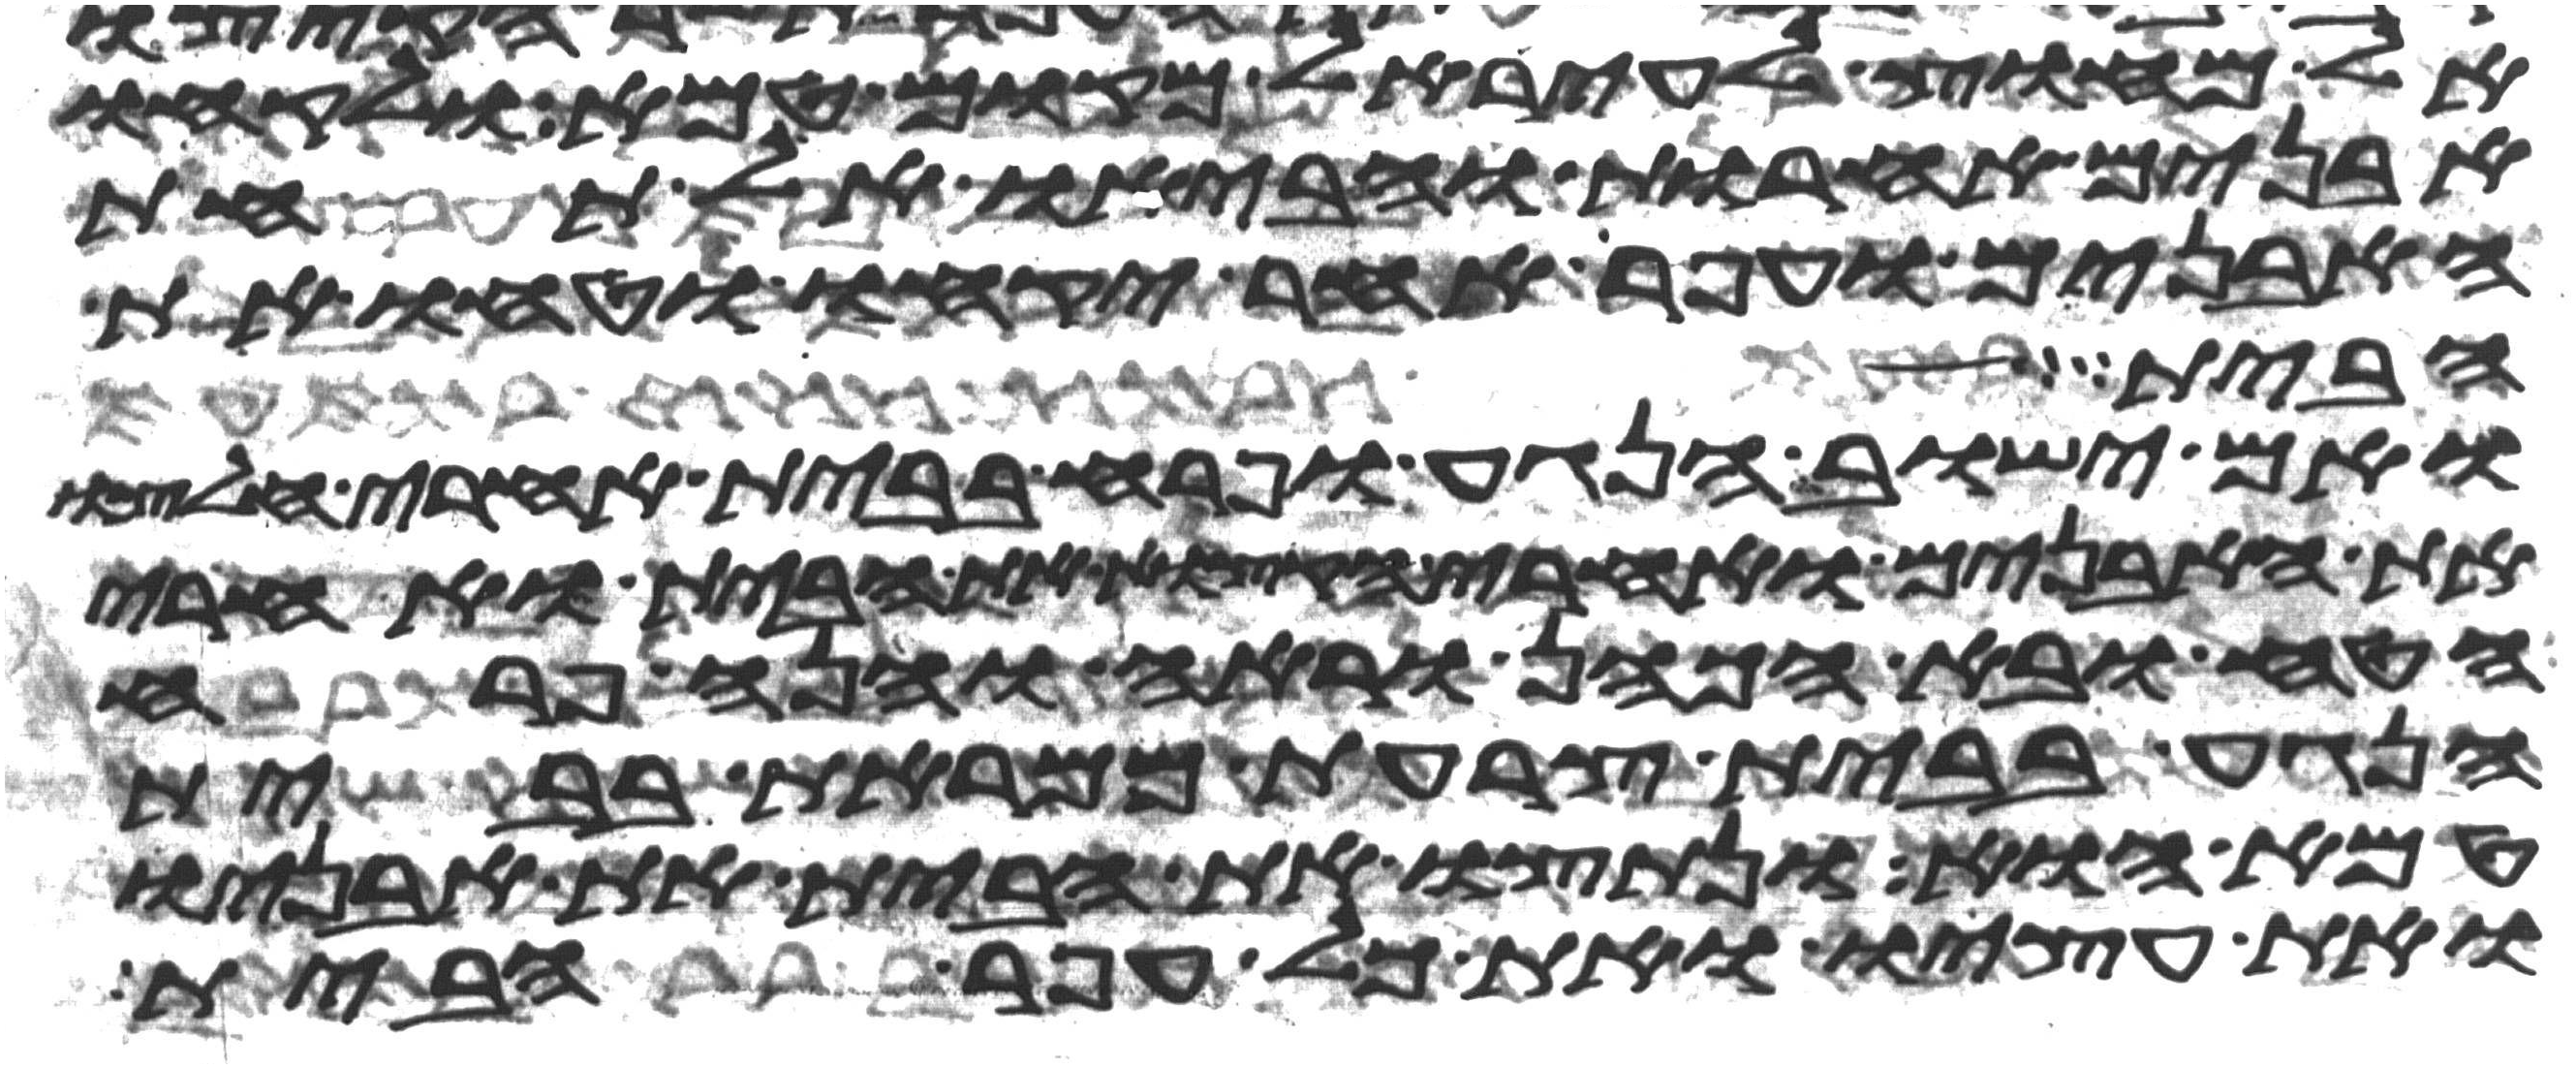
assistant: אל מחוץ לעיר אל מקום טמא ולקחו
אבנים אחרות והביאו אל תחת
האבנים ועפר אחר יקחו וטחו את
הבית
ואם ישוב הנגע ופרח בבית אחרי חלצו
את האבנים ואחרי הקצות את הבית ואחרי
הטח ובא הכהן וראה והנה פרח
הנגע בבית צרעת ממראת בבית
טמא הוא ונתצו את הבית את אבניו
ואת עציו ואת כל עפר הבית